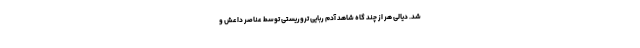
شد. دیالی هر از چند گاه شاهد آدم ربایی تروریستی توسط عناصر داعش و